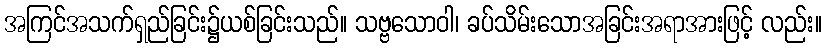
အကြင်အသက်ရှည်ခြင်း၌ယစ်ခြင်းသည်။ သဗ္ဗသောဝါ၊ ခပ်သိမ်းသောအခြင်းအရာအားဖြင့် လည်း။